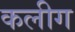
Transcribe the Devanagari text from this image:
कलीग